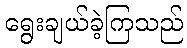
ရွေးချယ်ခဲ့ကြသည်